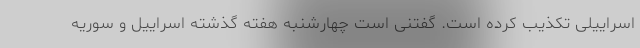
اسراییلی تکذیب کرده است. گفتنی است چهارشنبه هفته گذشته اسراییل و سوریه